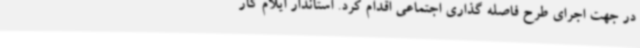
در جهت اجرای طرح فاصله گذاری اجتماعی اقدام کرد. استاندار ایلام کار